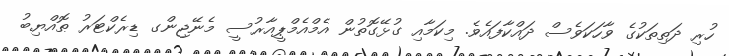
ހުރި ދަތިތަކުގެ ވާހަކަވެސް ދައްކާފައެވެ. މިކަމާއި ގުޅޭގޮތުން އެމްއެމްޕީއާރުސީ މެނޭޖިންގ ޑިރެކްޓަރު ޠޮއްޔިބު